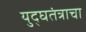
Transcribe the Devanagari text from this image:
युद्घतंत्राचा